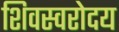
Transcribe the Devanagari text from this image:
शिवस्वरोदय